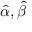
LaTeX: { \hat { \alpha } } , { \hat { \beta } }